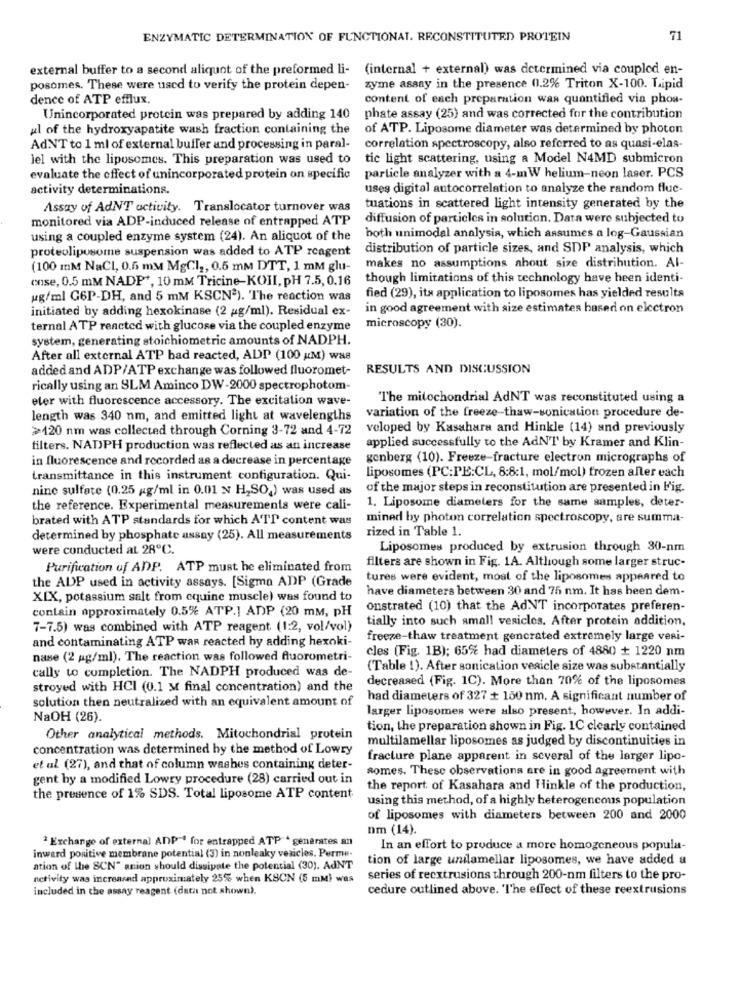
ENZYMATIC DETERMINATION OF FUNCTIONAL. RECONSTITUTED PROTEIN
71
external buffer to a second aliquot of the preformed li- (internal + external) was determined via coupled en-
posomes. These were used to verify the protein depen-
zyme assay in the presence 01.2% Triton X-100. Lipid
dence of ATP efflux,
content of each preparation was quantified via phos-
Unincorporated protein was prepared by adding 140
phate assay (25) and was corrected for the contribution
ul of the hydroxyapatite wash fraction containing the
of ATP. Liposome diameter was determined by photon
AdNT to 1 ml of external buffer and processing in paral-
correlation spectroscopy, also referred to as quasi-elas-
iel with the liposomes. This preparation was used to
tic light scattering, using a Model N4MD submicron
evaluate the effect of unincorporated protein on specific
particle analyzer with a 4-mW helium-neon laser. PCS
activity determinations.
uses digital autocorrelation to analyze the random fluc-
Assay of AdNT activity. Translocator turnover was
tuations in scattered light intensity generated by the
monitored via ADP-induced release of entrapped ATP
diffusion of particles in solution. Data were subjected to
using a coupled enzyme system (24). An aliquot of the
both unimodal analysis, which assumes a log-Gaussian
proteolipusome suspension was added to ATP rcagent
distribution of particle sizes, and SDP analysis, which
(100 mM NaCl, 0.6 mM MgCl ,, 0.5 mm DTT, 1 mM glu-
makes no assumptions about size distribution. Al-
cose, 0.5 mM NADP+, 10 mM Tricine-KOII, pH 7.5, 0.16
though limitations of this technology have heen identi-
ug/ml G6P-DH, and 5 mM KSCN2). The reaction was
fied (29), its application to liposomes has yielded results
initiated by adding hexokinase (2 g/ml). Residual ex-
in good agreement with size estimates based on electron
ternal ATP reacted with glucose via the coupled enzyme
microscopy (30).
system, generating stoichiometric amounts of NADPH.
After all external ATP bad reacted, ADP (100 KM) wa8
added and ADP/ATP exchange was followed fluoromet-
RESULTS AND DISCUSSION
rically using an SLM Aminco DW-2000 spectrophotom-
eler with fluorescence accessory. The excitation wave-
The mitochondrial AdNT was reconstituted using a
length was 340 nm, and emitted light at wavelengths
variation of the freeze-thaw-sonication procedure de-
>120 nm was collected through Corning 3-72 and 4-72
veloped by Kasahara and Hinkle (14) and previously
filters. NADPH production was reflected as an increase
applied successfully to the AdN'T by Kramer and Klin-
in fluorescence and recorded as a decrease in percentage
genberg (10). Freeze-fracture electron micrographs of
transmittance in this instrument configuration. Qui-
liposomes (PC:PE:CL, 8:8:1, mol/mol) frozen aller each
nine sulfate (0.25 g/ml in 0.01 N H,SO,) was used as
of the major steps in reconstitution are presented in Fig.
1. Liposome diameters for the same samples, deter-
the reference. Experimental measurements were cali-
brated with ATP standards for which ATT content was
mined by photon correlation spectroscopy, are summa-
rized in Table 1.
determined by phosphate assay (25). All measurements
were conducted at 28ºC.
Liposomes produced by extrusion through 30-nm
filters are shown in Fig. 1A. Although some larger struc-
Purification of ADP. ATP must he eliminated from
the ADP used in activity assays. [Sigma ADP (Grade
tures were evident, most of the liposomes appeared to
have diameters between 30 and 75 nm. It has been dem-
XIX, potassium salt from equine muscle) was found to
contain approximately 0.5% ATP.] ADP (20 mM, PH
onstrated (10) that the AdNT incorporates preferen-
tially into such amal! vesicles. After protein addition,
7-7.5) was combined with ATP reagent (1:2, vol/vol)
and contaminating ATP was reacted by adding hexoki-
freeze-thaw treatment gencrated extremely large vesi-
cles (Fig. 1B); 65% had diameters of 4880 + 1220 nm
nase (2 pg/ml). The reaction was followed fluorometri-
cally to completion. The NADPH produced was de-
(Table 1). After sonication vesicle size was substantially
decreased (Fig. 1C). More than 70% of the liposomes
stroyed with HCI (0.1 M final concentration) and the
solution then neutralized with an equivalent amount of
had diameters of 327 + 150 nm. A significant number of
larger liposomes were also present, however. In addi-
NaOH (26).
tion, the preparation shown in Fig. 1C clearly contained
Other analytical methods. Mitochondrial protein
multilamellar liposomes as judged by discontinuities in
concentration was determined by the method of Lowry
fracture plane apparent in several of the larger lipo-
et al (27), and that of column washes containing deter-
somes. These observations are in good agreement with
gent hy a modified Lowry procedure (28) carried out in
the report of Kasahara and Hinkle of the production,
the presence of 1% SDS. Total liposome ATP content
using this method, of a highly heterogeneous population
of liposomes with diameters between 200 and 2000
nm (14).
Exchange of external ANP"' for entrapped ATP * generates an
In an effort to produce a more homogeneous popula-
inward positive membrane potential (3) in nonleaky vesicles. Perme-
tion of large unilamellar liposomes, we have added a
ation of the SCN" anion should dissipate the potential (30). AdNT
activity was increased approximately 25% when KSON (5 mM) was
series of reextrusions through 200-nm filters to the pro-
included in the assay reagent (data not shown).
cedure outlined above. "The effect of these reextrusions